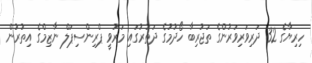
ހިރިޔާގެ 32 ދަރިވަރިވަރުންގެ ތަޖުރިބާ ހޯދުމުގެ ދަތުރުގައި މަރުވީ ޕްރިންސިޕަލް ނާޒިމްގެ އިތުރުން